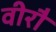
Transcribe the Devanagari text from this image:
वीरौ